Vital statistics of India. Vol. V, Reports of 1876 on armies & jails and on epidemic cholera
Year: 1876
Disease focus: Cholera
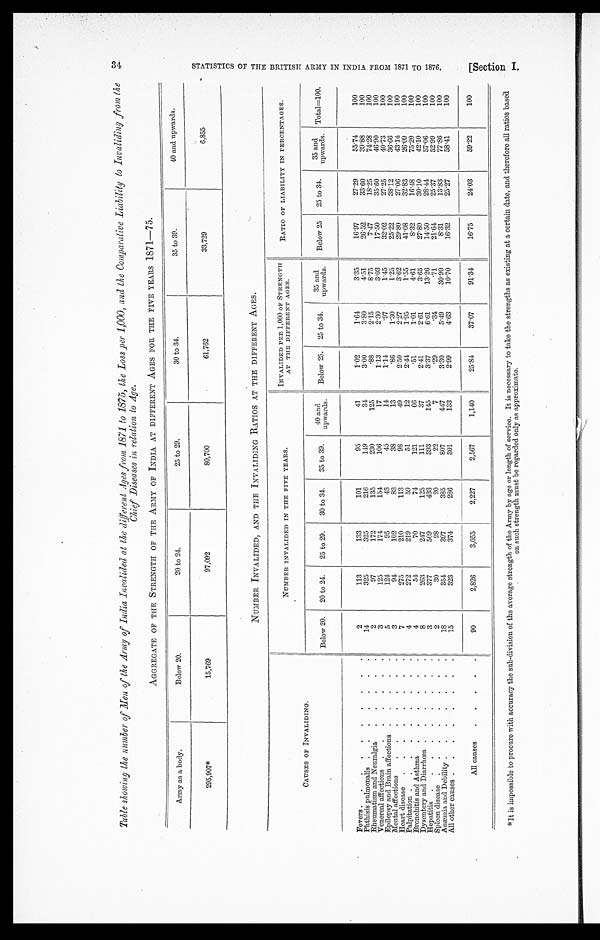
Table showing the number of Men of Army of India Invalided at the different Ages from 1871 to 1875, the Loss per 1,000, and the Comparative Liability to Invaliding from the
Chief Diseases in relation to Age.
AGGREGATE OF THE STRENGTH OF THE ARMY OF INDIA AT DIFFERENT AGES FOR THE FIVE YEARS 1871—75.
Army as a body.
Below 20.
20 to 24.
25 to 29.
30 to 34.
35 to 39.
40 and upwards.
2 9 5 , 9 0 7 *
15,769
97,092
80,700
61,762
33,729
6,855
NUMBER INVALIDED, AND THE INVALIDING RATIOS AT THE DIFFERENT AGES.
CAUSES OF INVALIDING.
NUMBER INVALIDED IN THE FIVE YEARS.
INVALIDED PER 1,000 OF STRENGTH
AT THE DIFFERENT AGES.
RATIO OF LIABILITY IN PERCENTAGES.
Below 20.
20 to 24.
25 to 29.
30 to 34.
35 to 39.
40 and
upwards.
Below 25.
25 to 34.
35 and
upwards.
Below 25
25 to 34.
35 and
upwards.
Total=100.
Fevers . . .
2
113
133
101
95
41
1.02
1.64
3.35
16.97
27.29
55.74
100
Phthisis pulmonalis . . .
14
325
325
216
149
34
3.00
3.80
4.51
26.52
33.60
39.88
100
Rheumatism and Neuralgia . . .
2
97
172
135
230
125
.88
2.15
8.75
7.47
18.25
74.28
100
Venereal affections . . .
3
125
174
154
106
17
1.13
2.30
3.03
17.50
35.60
46.90
100
Epilepsy and Brain affections . . .
5
124
95
43
45
14
1.14
.97
1.45
32.02
27.25
40.73
100
Mental affections . . .
3
94
102
83
38
13
.86
1.30
1.25
25.22
38.12
36.66
100
Heart disease . . .
7
275
210
113
98
49
2.50
2.27
3.62
29.80
27.06
43.14
100
Palpitation . . .
4
272
219
59
51
12
2.44
1.95
1.55
41.08
32.83
26.09
100
Bronchitis and Asthma . . .
4
54
70
74
121
66
.51
1.01
4.61
8.32
16.48
75.20
100
Dysentery and Diarrhœa . . .
8
263
247
125
111
37
2.41
2.61
3.65
27.80
30.10
42.10
100
Hepatitis . . .
3
377
509
433
393
145
3.37
6.61
13.26
14.50
28.44
57.06
100
Spleen disease . . .
2
30
28
20
22
7
.29
.34
.71
21.64
25.37
52.99
100
Anæmia and Debility . . .
18
354
397
385
807
447
3.30
5.49
30.90
8.31
13.83
77.86
100
All other causes . . .
15
323
374
286
301
133
2.99
4.63
10.70
16.32
25.27
58.41
100
All causes
. . .
90
2,826
3,055
2,227
2,567
1,140
25.84
37.07
91.34
16.75
24.03
59.22
100
*It is impossible to procure with accuracy the sub-division of the average strength of the Army by age or length of service. It is necessary to take the strengths as existing at a certain date, and therefore all ratios based
on such strength must be regarded only as approximate.
S T A T I S T I C S O F T H E B R I T I S H A R M Y I N I N D I A F R O M 1 8 7 1 T O 1 8 7 6 . [
S e c t i o n I .